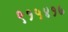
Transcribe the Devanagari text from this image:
९१५४१७